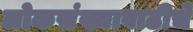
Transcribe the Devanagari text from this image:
लोकसंख्यावाढीचे